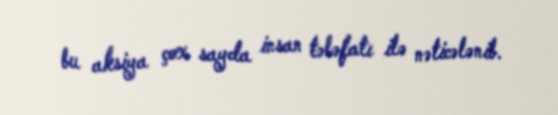
bu aksiya çox sayda insan tələfatı ilə nəticələnib.